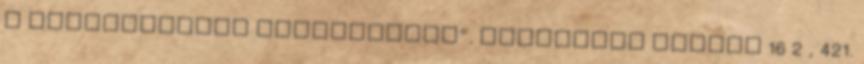
a Hadtörténeti Levéltárban”. Levéltári Szemle 16 2 , 421.